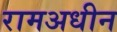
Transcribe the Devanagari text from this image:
रामअधीन